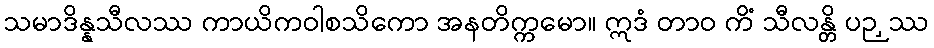
သမာဒိန္နသီလဿ ကာယိကဝါစသိကော အနတိက္ကမော။ ဣဒံ တာဝ ကိံ သီလန္တိ ပဉှဿ